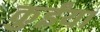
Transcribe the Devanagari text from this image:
कुईंया